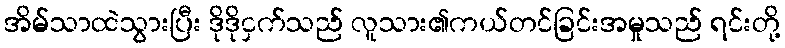
အိမ်သာထဲသွားပြီး ဒိုဒိုငှက်သည် လူသား၏ကယ်တင်ခြင်းအမှုသည် ရင်းတို့